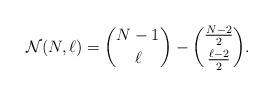
LaTeX: \begin{align*}{\cal{N}}(N,\ell) = { N-1 \choose \ell} -{\frac{N-2}{2} \choose \frac{\ell- 2}{2} }.\end{align*}